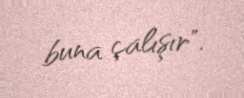
buna çalışır".